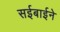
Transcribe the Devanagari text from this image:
सईबाईने